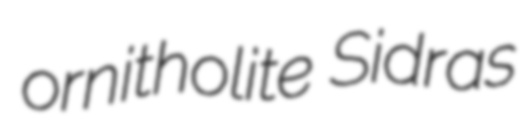
ornitholite Sidras